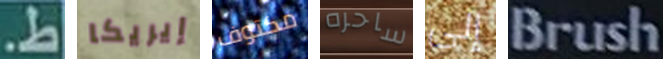
ط. إيريكا مكتوف ساحره إلى Brush